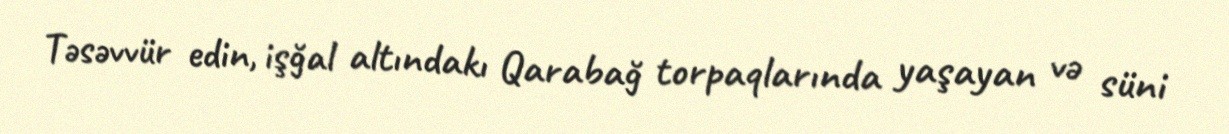
Təsəvvür edin, işğal altındakı Qarabağ torpaqlarında yaşayan və süni